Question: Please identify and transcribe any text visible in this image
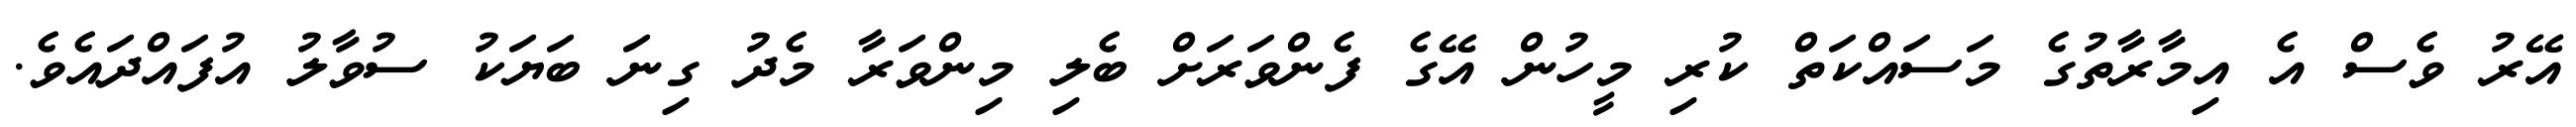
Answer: އޭރު ވެސް އެ އިމާރާތުގެ މަސައްކަތް ކުރި މީހުން އޭގެ ފެންވަރަށް ބެލި މިންވަރާ މެދު ގިނަ ބަޔަކު ސުވާލު އުފައްދައެވެ.